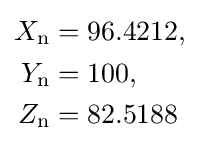
{\begin{aligned}X_{\mathrm {n} }&=96.4212,\\Y_{\mathrm {n} }&=100,\\Z_{\mathrm {n} }&=82.5188\end{aligned}}